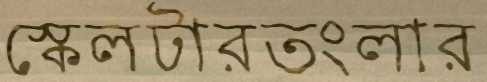
স্কেলটারতংলার